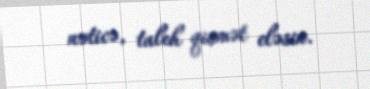
nəticə, taleh qismət eləsin.